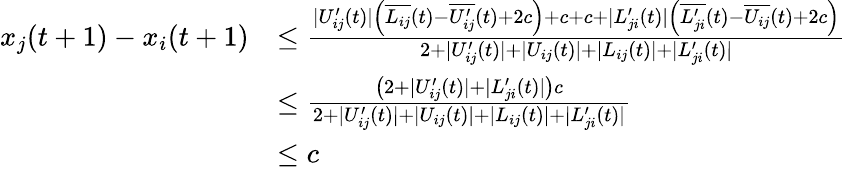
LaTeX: \begin{array}{rl}{x_{j}(t+1)-x_{i}(t+1)}&{\leq\frac{|U_{ij}^{\prime}(t)|\left(\overline{{L_{ij}}}(t)-\overline{{U_{ij}^{\prime}}}(t)+2c\right)+c+c+|L_{ji}^{\prime}(t)|\left(\overline{{L_{ji}^{\prime}}}(t)-\overline{{U_{ij}}}(t)+2c\right)}{2+|U_{ij}^{\prime}(t)|+|U_{ij}(t)|+|L_{ij}(t)|+|L_{ji}^{\prime}(t)|}}\\ &{\leq\frac{\left(2+|U_{ij}^{\prime}(t)|+|L_{ji}^{\prime}(t)|\right)c}{2+|U_{ij}^{\prime}(t)|+|U_{ij}(t)|+|L_{ij}(t)|+|L_{ji}^{\prime}(t)|}}\\ &{\leq c}\end{array}